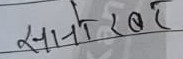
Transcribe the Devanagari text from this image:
सानोखर